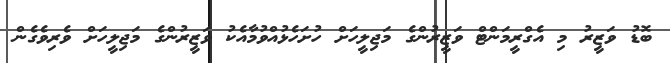
ބޮޑު ވަޒީރު މި އެގްރީމަންޓް ވަޒީރުންގެ މަޖިލީހަށް ހުށަހެޅުއްވުމާއެކު ވަޒީރުންގެ މަޖިލީހަށް ވެރިވެގެން